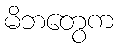
မိဘတွေက